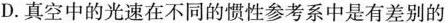
D.真空中的光速在不同的惯性参考系中是有差别的